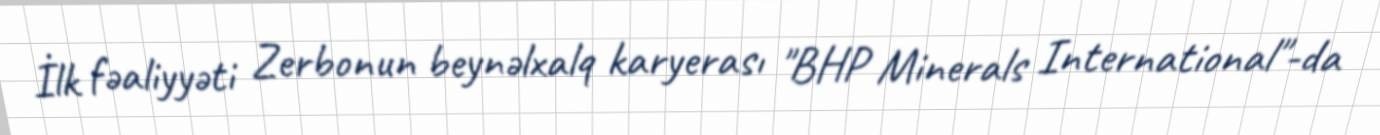
İlk fəaliyyəti Zerbonun beynəlxalq karyerası "BHP Minerals International"-da